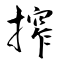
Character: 搾